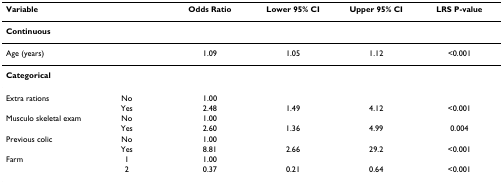
<table><thead><tr><td><b>Variable</b></td><td></td><td><b>Odds Ratio</b></td><td><b>Lower 95% CI</b></td><td><b>Upper 95% CI</b></td><td><b>LRS P-value</b></td></tr></thead><tbody><tr><td><b>Continuous</b></td><td></td><td></td><td></td><td></td><td></td></tr><tr><td>Age (years)</td><td></td><td>1.09</td><td>1.05</td><td>1.12</td><td>&lt;0.001</td></tr><tr><td><b>Categorical</b></td><td></td><td></td><td></td><td></td><td></td></tr><tr><td>Extra rations</td><td>No</td><td>1.00</td><td></td><td></td><td></td></tr><tr><td></td><td>Yes</td><td>2.48</td><td>1.49</td><td>4.12</td><td>&lt;0.001</td></tr><tr><td>Musculo skeletal exam</td><td>No</td><td>1.00</td><td></td><td></td><td></td></tr><tr><td></td><td>Yes</td><td>2.60</td><td>1.36</td><td>4.99</td><td>0.004</td></tr><tr><td>Previous colic</td><td>No</td><td>1.00</td><td></td><td></td><td></td></tr><tr><td></td><td>Yes</td><td>8.81</td><td>2.66</td><td>29.2</td><td>&lt;0.001</td></tr><tr><td>Farm</td><td>1</td><td>1.00</td><td></td><td></td><td></td></tr><tr><td></td><td>2</td><td>0.37</td><td>0.21</td><td>0.64</td><td>&lt;0.001</td></tr></tbody></table>